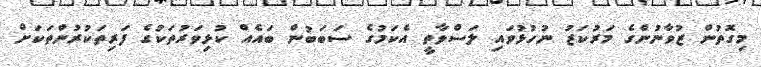
މިގޮތުން ޒުވާނުންގެ މަރުކަޒު ނުހުޅުވައި ލަސްވާތީ އެކަމުގެ ސަބަބުން ބައެއް ކުޅިވަރުތަކުގެ ފަރިތަކުރުންތަކަށް